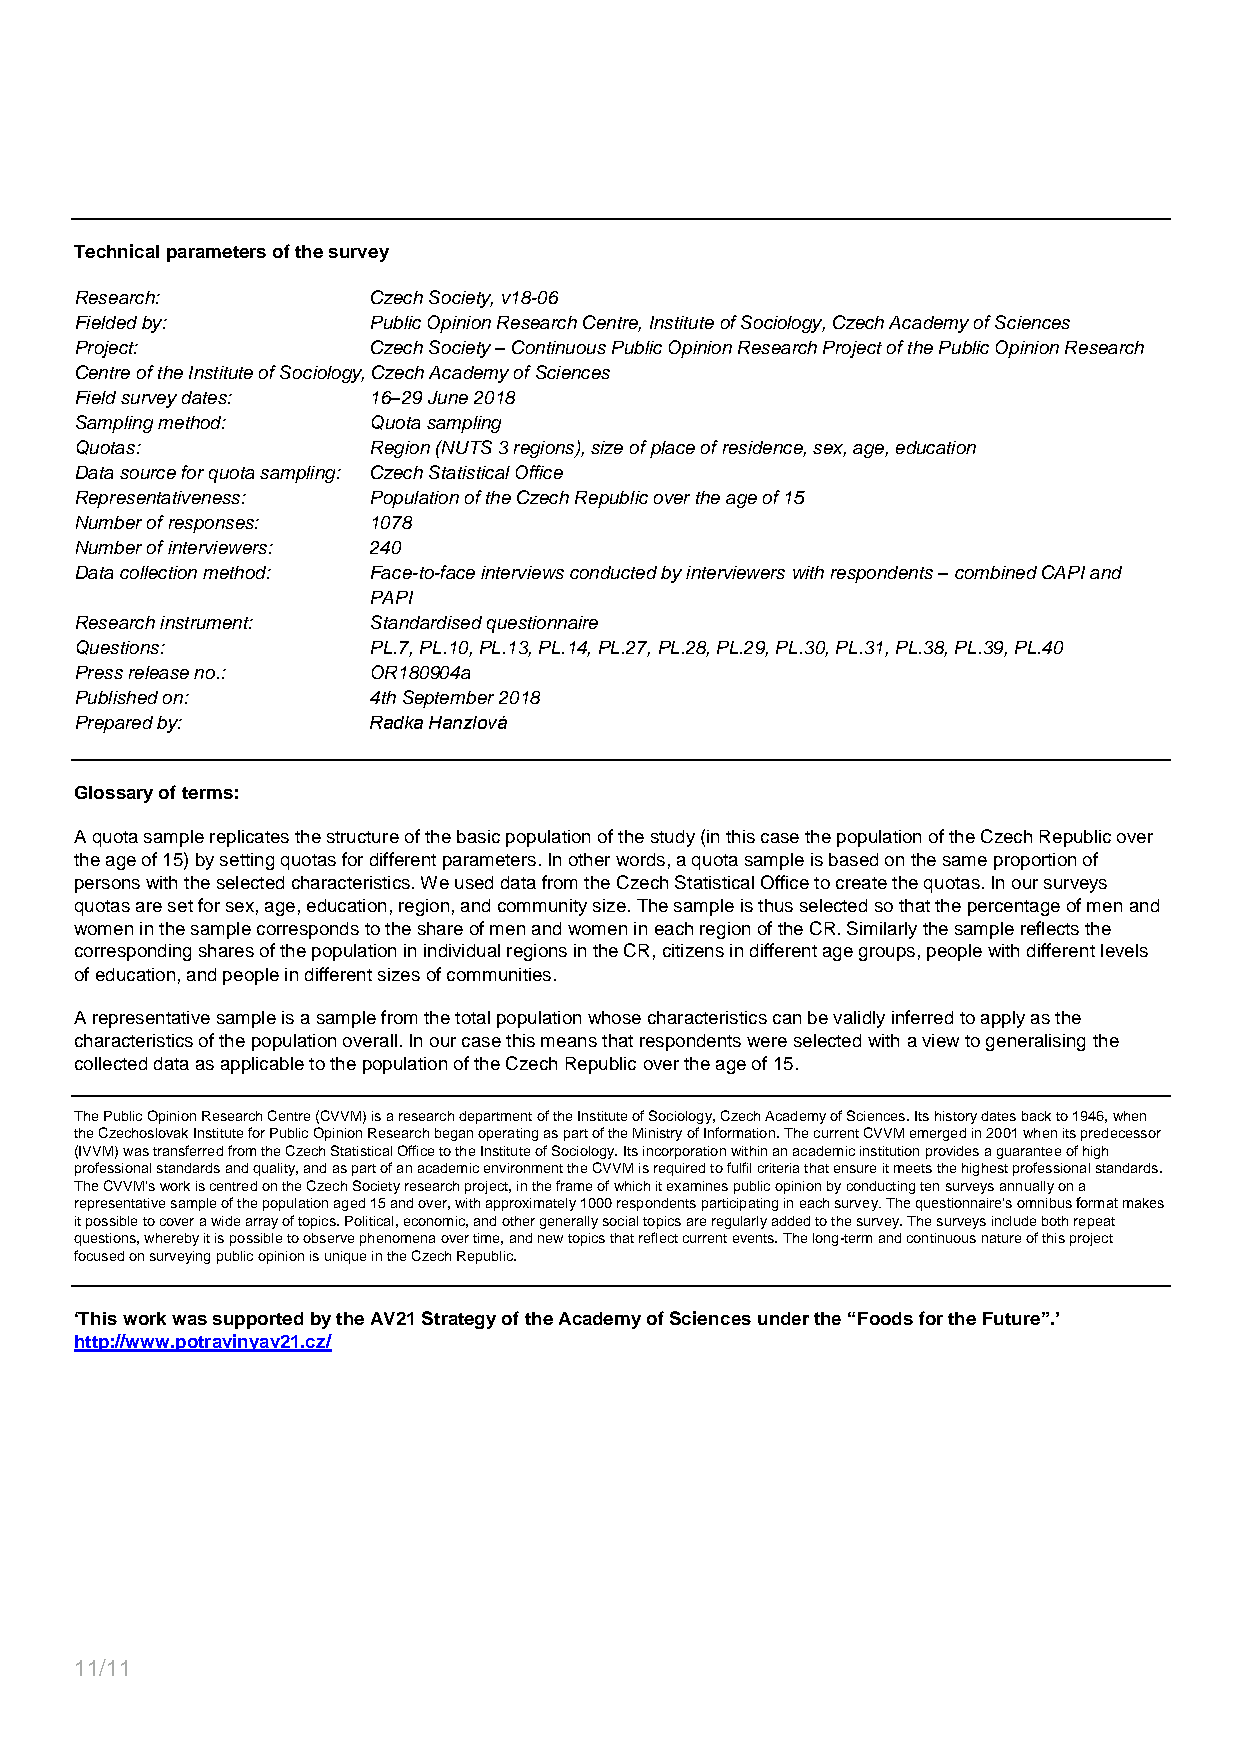
Technical parameters of the survey
 Research:          Czech Society, v18-06
 Fielded by:        Public Opinion Research Centre, Institute of Sociology, Czech Academy of Sciences
 Project:           Czech Society – Continuous Public Opinion Research Project of the Public Opinion Research
 Centre of the Institute of Sociology, Czech Academy of Sciences
 Field survey dates: 16–29 June 2018
 Sampling method:   Quota sampling
 Quotas:            Region (NUTS 3 regions), size of place of residence, sex, age, education
 Data source for quota sampling: Czech Statistical Office
 Representativeness: Population of the Czech Republic over the age of 15
 Number of responses: 1078
 Number of interviewers: 240
 Data collection method: Face-to-face interviews conducted by interviewers with respondents – combined CAPI and
 PAPI
 Research instrument: Standardised questionnaire
 Questions:         PL.7, PL.10, PL.13, PL.14, PL.27, PL.28, PL.29, PL.30, PL.31, PL.38, PL.39, PL.40
 Press release no.: OR180904a
 Published on:      4th September 2018
 Prepared by:       Radka Hanzlová
 Glossary of terms:
 A quota sample replicates the structure of the basic population of the study (in this case the population of the Czech Republic over
 the age of 15) by setting quotas for different parameters. In other words, a quota sample is based on the same proportion of
 persons with the selected characteristics. We used data from the Czech Statistical Office to create the quotas. In our surveys
 quotas are set for sex, age, education, region, and community size. The sample is thus selected so that the percentage of men and
 women in the sample corresponds to the share of men and women in each region of the CR. Similarly the sample reflects the
 corresponding shares of the population in individual regions in the CR, citizens in different age groups, people with different levels
 of education, and people in different sizes of communities.
 A representative sample is a sample from the total population whose characteristics can be validly inferred to apply as the
 characteristics of the population overall. In our case this means that respondents were selected with a view to generalising the
 collected data as applicable to the population of the Czech Republic over the age of 15.
 The Public Opinion Research Centre (CVVM) is a research department of the Institute of Sociology, Czech Academy of Sciences. Its history dates back to 1946, when
 the Czechoslovak Institute for Public Opinion Research began operating as part of the Ministry of Information. The current CVVM emerged in 2001 when its predecessor
 (IVVM) was transferred from the Czech Statistical Office to the Institute of Sociology. Its incorporation within an academic institution provides a guarantee of high
 professional standards and quality, and as part of an academic environment the CVVM is required to fulfil criteria that ensure it meets the highest professional standards.
 The CVVM’s work is centred on the Czech Society research project, in the frame of which it examines public opinion by conducting ten surveys annually on a
 representative sample of the population aged 15 and over, with approximately 1000 respondents participating in each survey. The questionnaire’s omnibus format makes
 it possible to cover a wide array of topics. Political, economic, and other generally social topics are regularly added to the survey. The surveys include both repeat
 questions, whereby it is possible to observe phenomena over time, and new topics that reflect current events. The long-term and continuous nature of this project
 focused on surveying public opinion is unique in the Czech Republic.
 ‘This work was supported by the AV21 Strategy of the Academy of Sciences under the “Foods for the Future”.’
 http://www.potravinyav21.cz/
 11/11